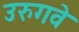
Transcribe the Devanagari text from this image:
उरुगवे